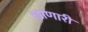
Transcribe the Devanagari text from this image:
खाणारी